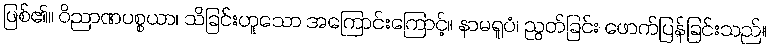
ဖြစ်၏။ ဝိညာဏပစ္စယာ၊ သိခြင်းဟူသော အကြောင်းကြောင့်။ နာမရူပံ၊ ညွတ်ခြင်း ဖောက်ပြန်ခြင်းသည်။